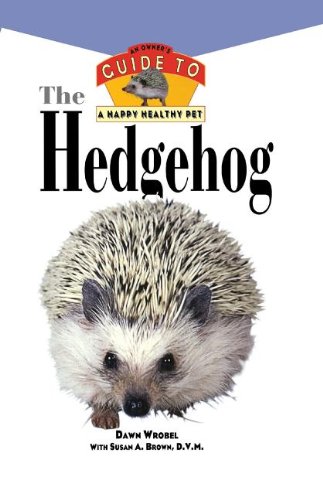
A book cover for The Hedgehog: An Owner's Guide to a Happy Healthy Pet; Dawn Wrobel; Crafts, Hobbies & Home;